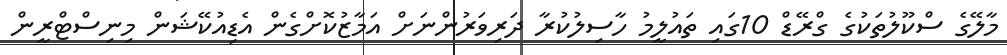
މާލޭގެ ސްކޫލުތަކުގެ ގްރޭޑް 10ގައި ތައުލީމު ހާސިލުކުރާ ދަރިވަރުންނަށް އަމާޒުކޮށްގެން އެޑިއުކޭޝަން މިނިސްޓްރީން